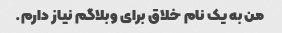
من به یک نام خلاق برای وبلاگم نیاز دارم.